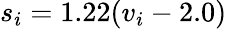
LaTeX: s_{i}=1.22(v_{i}-2.0)\